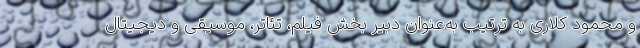
و محمود کلاری به ترتیب به‌عنوان دبیر بخش فیلم، تئاتر، موسیقی و دیجیتال